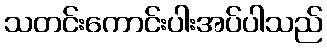
သတင်းကောင်းပါးအပ်ပါသည်